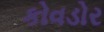
કોવડોર